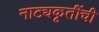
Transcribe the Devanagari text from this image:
नाट्यकृतींची